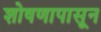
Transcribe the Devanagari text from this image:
शोषणापासून